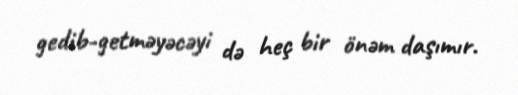
gedib-getməyəcəyi də heç bir önəm daşımır.